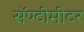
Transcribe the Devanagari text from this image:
सॅण्टीमीटर